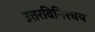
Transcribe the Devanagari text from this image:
उत्तरविनिश्चय